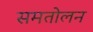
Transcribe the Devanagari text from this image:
समतोलन